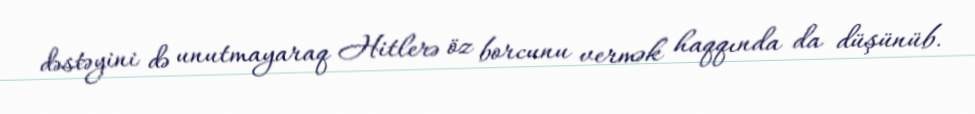
dəstəyini də unutmayaraq Hitlerə öz borcunu vermək haqqında da düşünüb.